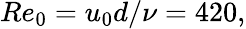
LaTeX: Re_{0}=u_{0}d/\nu=420,